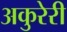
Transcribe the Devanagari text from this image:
अकुरेरी